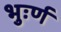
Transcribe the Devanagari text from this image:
भुःर्ण